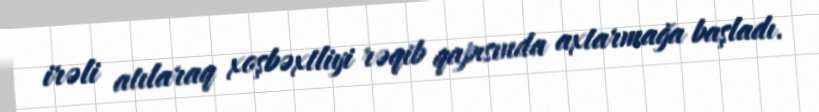
irəli atılaraq xoşbəxtliyi rəqib qapısında axtarmağa başladı.